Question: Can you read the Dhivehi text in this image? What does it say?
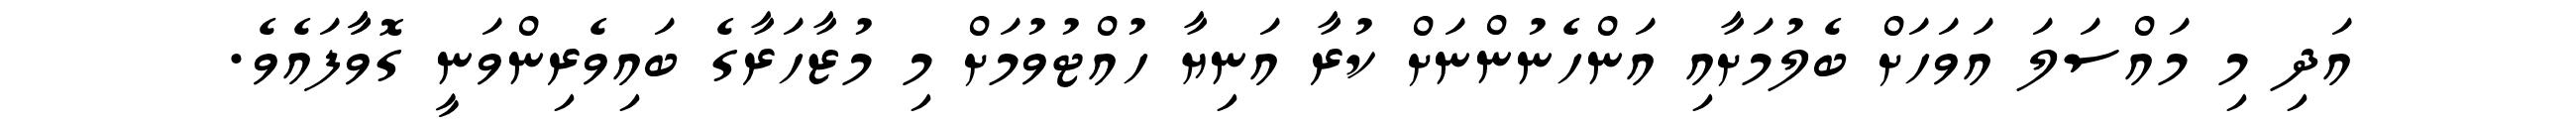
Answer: އަދި މި މައްސަލަ އަވަހަށް ބެލުމަށާއި އަންހެނުންނަށް ކުރާ އަނިޔާ ހުއްޓުވުމަށް މި މުޒާހަރާގެ ބައިވެރިންވަނީ ގޮވާާފައެވެ.